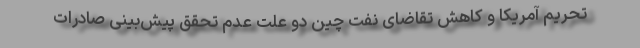
تحریم آمریکا و کاهش تقاضای نفت چین دو علت عدم تحقق پیش‌بینی صادرات